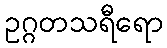
ဥဂ္ဂတသရီရော